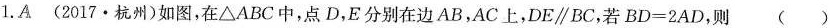
1.A(2017·杭州)如图，在\triangle ABC中，点D，E分别在边AB，AC上，$$DE\parallel BC$$，若$$BD=2AD$$，则()